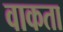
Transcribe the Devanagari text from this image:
वाकता